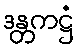
ဒန္တကဋ္ဌံ